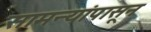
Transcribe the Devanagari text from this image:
सामन्यांपासून